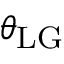
\theta _ { \mathrm { L G } }